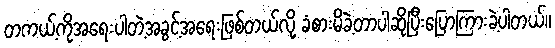
တကယ့်ကိုအရေးပါတဲ့အခွင့်အရေးဖြစ်တယ်လို့ ခံစားမိခဲ့တာပါဆိုပြီးပြောကြားခဲ့ပါတယ်။